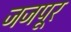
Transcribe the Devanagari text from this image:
जजपूर